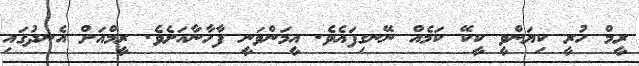
ރީމް ހުރީ ކިޔަންވީ ކީކޭ ކަމެއް ނޭނގިފައެވެ. އީމަންވަނީ ފާހާނާއަށެވެ. ރީމްއަށް އެނދުގައި